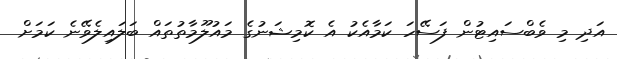
އަދި މި ވެބްސައިޓުން ފަސޭހަ ކަމާއެކު އެ ކޮމިޝަނުގެ މައުލޫމާތުތައް ބަލައިލެވޭނެ ކަމަށް